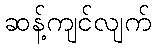
ဆန့်ကျင်လျက်